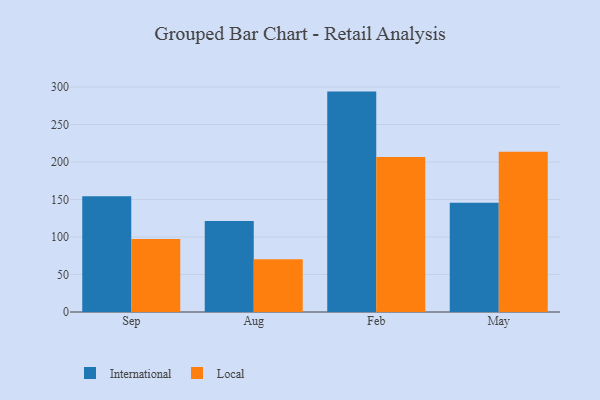
{"axis": {"x": "Month", "y": "Production Output"}, "legend": ["International", "Local"], "data": [{"x": "Sep", "y": 154.3, "type": "International"}, {"x": "Sep", "y": 97.2, "type": "Local"}, {"x": "Aug", "y": 121.2, "type": "International"}, {"x": "Aug", "y": 70.4, "type": "Local"}, {"x": "Feb", "y": 293.9, "type": "International"}, {"x": "Feb", "y": 206.8, "type": "Local"}, {"x": "May", "y": 145.7, "type": "International"}, {"x": "May", "y": 213.7, "type": "Local"}]}